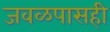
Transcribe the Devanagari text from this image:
जवळपासही